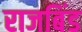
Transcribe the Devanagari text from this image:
राजबिंड